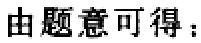
由题意可得：